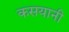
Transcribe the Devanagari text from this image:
कसयानी